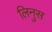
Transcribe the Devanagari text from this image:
लिनुस